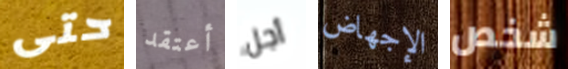
حتى أعتقد أجل الإجهاض شخص